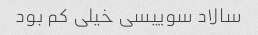
سالاد سوییسی خیلی کم بود